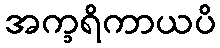
အက္ခရိကာယပိ